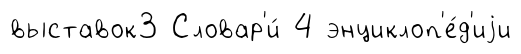
выставок3 Словар'и́ 4 энциклоп'е́д'иjи